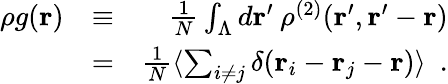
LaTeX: \begin{array}{rlr}{\rho g({\mathbf r})}&{\equiv}&{\frac{1}{N}\int_{\Lambda}d{\mathbf r}^{\prime}\: \rho^{(2)}({\mathbf r}^{\prime},{\mathbf r}^{\prime}-{\mathbf r})}\\ &{=}&{\frac{1}{N}\langle\sum_{i\neq j}\delta({\mathbf r}_{i}-{\mathbf r}_{j}-{\mathbf r})\rangle~~.}\end{array}